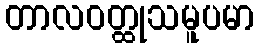
တာလဝတ္ထုသမူပမာ